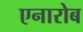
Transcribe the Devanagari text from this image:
एनारोब